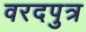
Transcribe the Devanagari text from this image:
वरदपुत्र